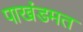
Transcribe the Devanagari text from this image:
पाखंडमत